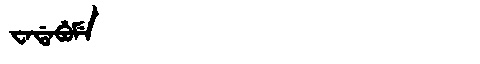
Manchu: ᠸᠠᡩᠠᠪᡠᠮᡝ
Romanization: WADABUME